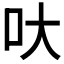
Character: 𠯈